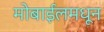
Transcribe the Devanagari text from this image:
मोबाईलमधून